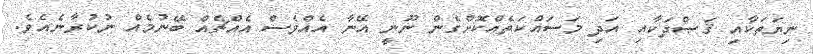
ނިޔަތަކާއި ޤަޞްދަކާއި އަދި މަސައްކަތެއްކޮށްގެން ނޫނީ އޭނާ އެއްވެސް އެއްޗެއް ބޭނުމެއް ނުކުރާނެއެވެ.